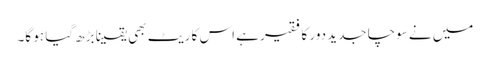
میں نے سوچا جدید دور کا فقیر ہے اس کا ریٹ بھی یقینا بڑھ گیا ہو گا۔